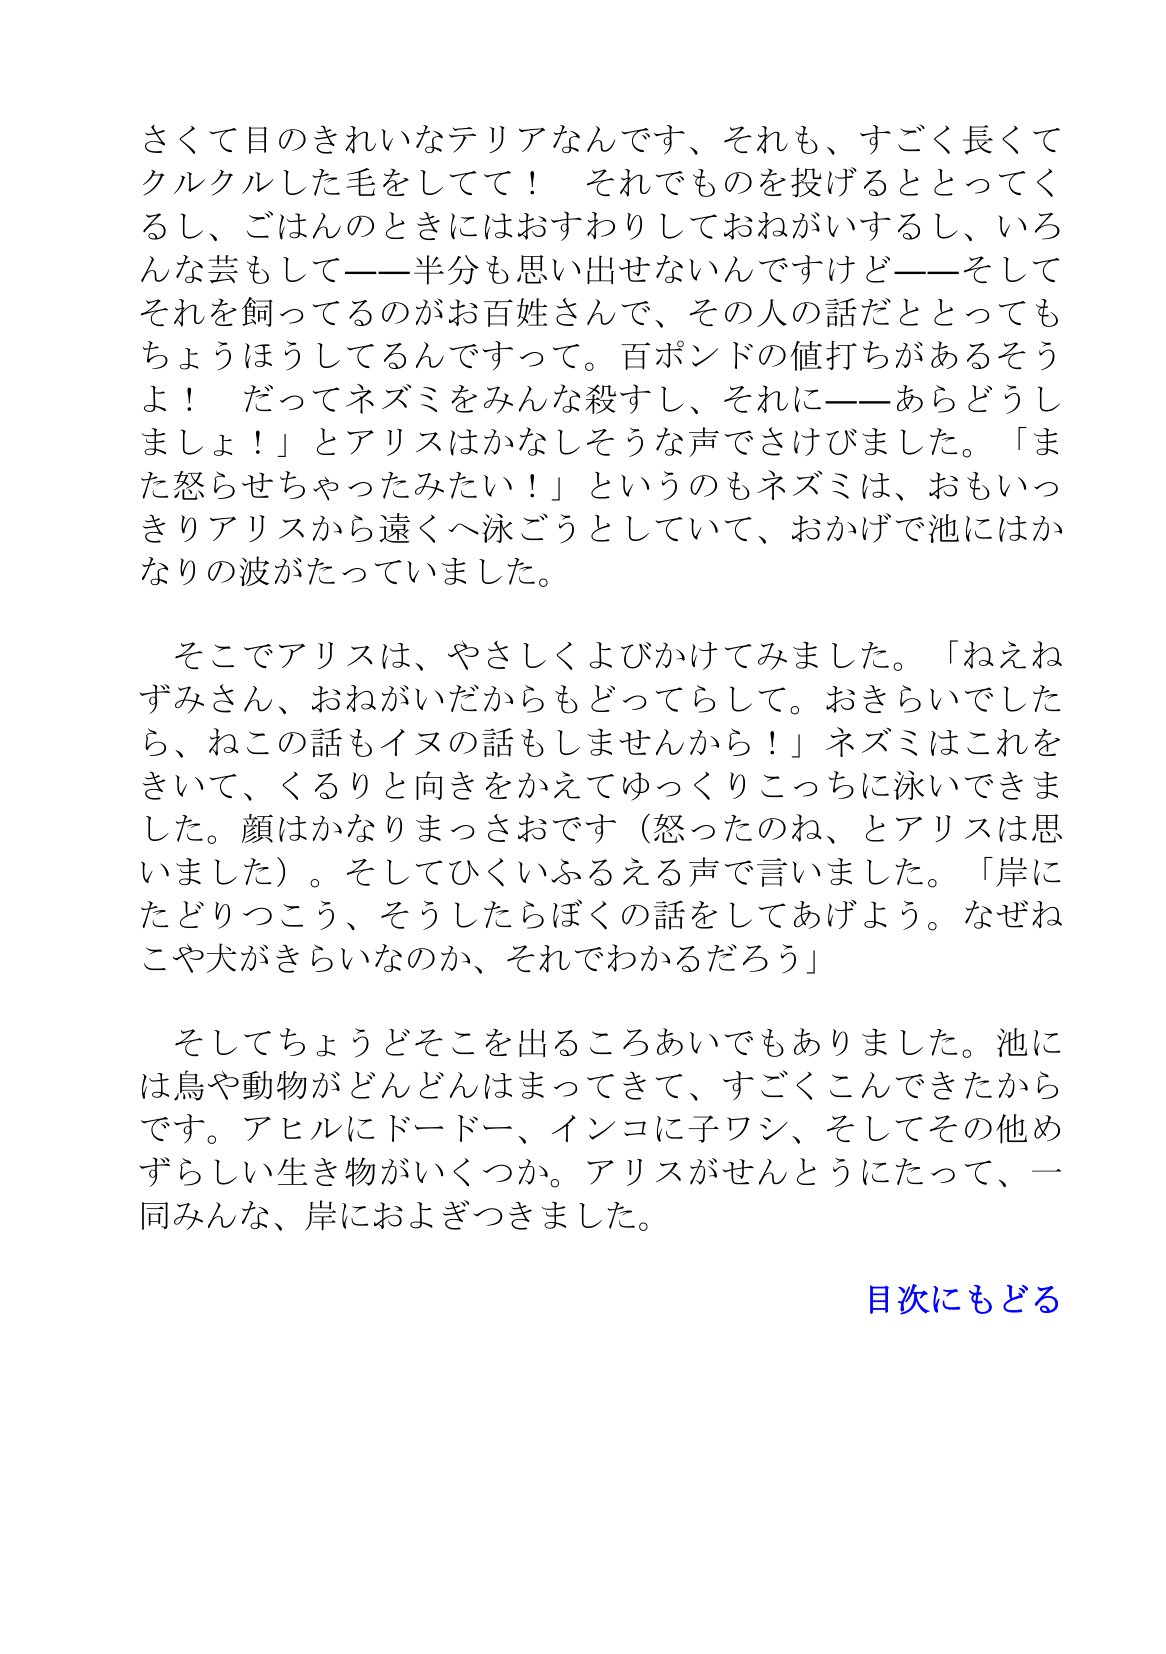
Language: ja